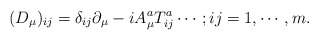
\begin{align*}(D_{\mu})_{ij}=\delta_{ij}\partial_{\mu}-iA^{a}_{\mu}T^{a}_{ij} \cdots ; ij=1,\cdots ,m.\end{align*}